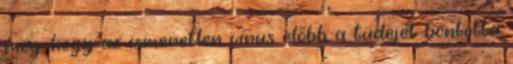
meg, hogy az ismeretlen vírus elõbb a tüdejét bontotta